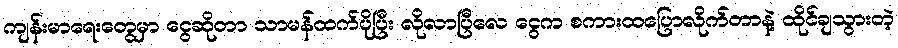
ကျန်းမာရေးတွေမှာ ငွေဆိုတာ သာမန်ထက်ပိုပြီး လိုလာပြီလေ ငွေက စကားထပြောလိုက်တာနဲ့ ထိုင်ချသွားတဲ့